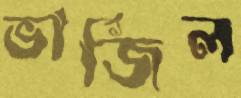
ভার্জিল